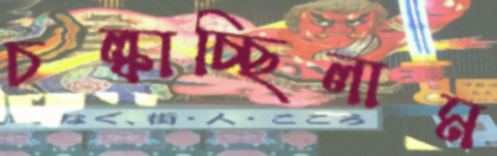
চল্‌কাচ্ছিলাম